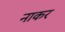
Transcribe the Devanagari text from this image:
नाकर